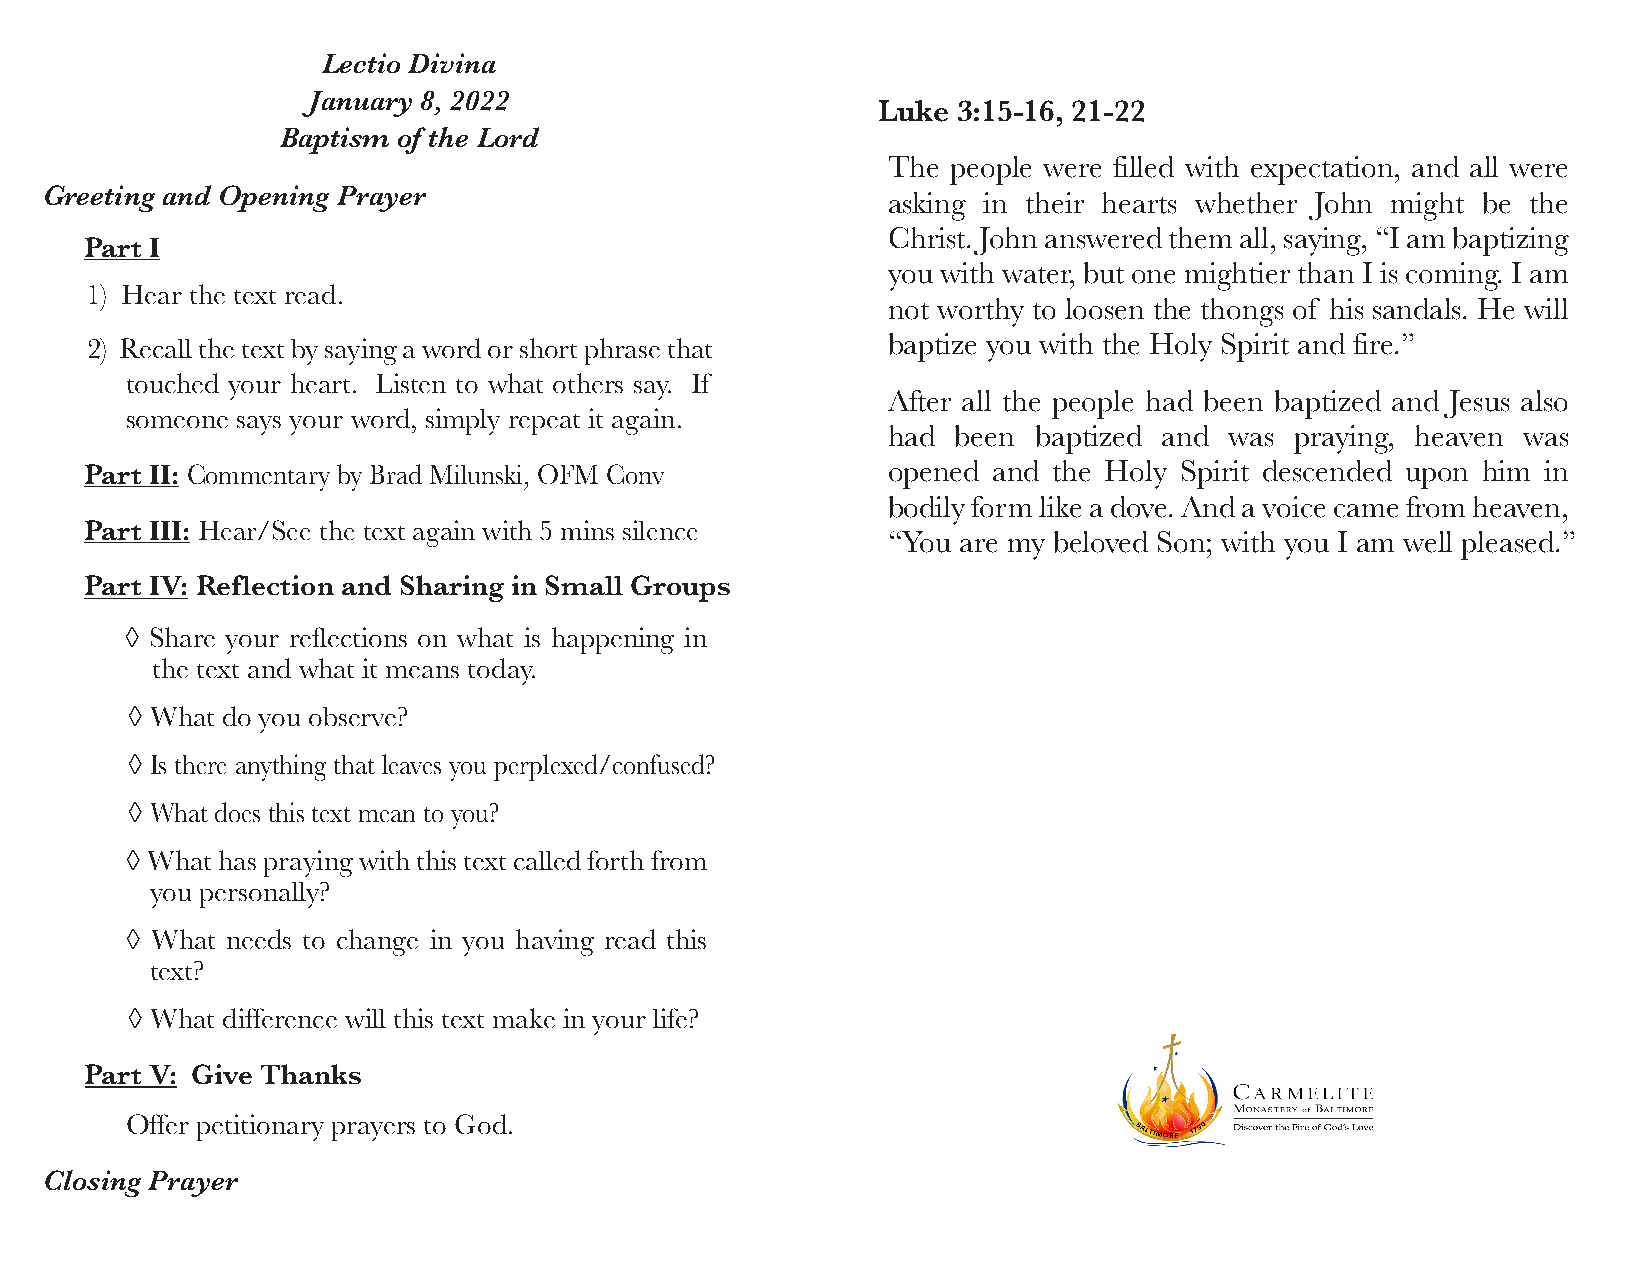
Lectio Divina
 January 8, 2022
 Luke 3:15-16, 21-22
 Baptism of the Lord
 The people were filled with expectation, and all were
 Greeting and Opening Prayer                             asking in their hearts whether John might be the
 Christ. John answered them all, saying, “I am baptizing
 Part I
 you with water, but one mightier than I is coming. I am
 1) Hear the text read.
 not worthy to loosen the thongs of his sandals. He will
 2) Recall the text by saying a word or short phrase that baptize you with the Holy Spirit and fire.”
 touched your heart. Listen to what others say. If
 After all the people had been baptized and Jesus also
 someone says your word, simply repeat it again.
 had been baptized and was  praying, heaven was
 Part II: Commentary by Brad Milunski, OFM Conv       opened and the Holy Spirit descended upon him in
 bodily form like a dove. And a voice came from heaven,
 Part III: Hear/See the text again with 5 mins silence
 “You are my beloved Son; with you I am well pleased.”
 Part IV: Reflection and Sharing in Small Groups
 ◊ Share your reflections on what is happening in
 the text and what it means today.
 ◊ What do you observe?
 ◊ Is there anything that leaves you perplexed/confused?
 ◊ What does this text mean to you?
 ◊ What has praying with this text called forth from
 you personally?
 ◊ What needs to change in you having read this
 text?
 ◊ What difference will this text make in your life?
 Part V: Give Thanks
 Offer petitionary prayers to God.
 Closing Prayer